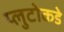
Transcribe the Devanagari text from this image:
प्लुटोकडे